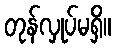
တုန်လှုပ်မရှိ။